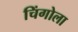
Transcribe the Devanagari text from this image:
चिंगोला